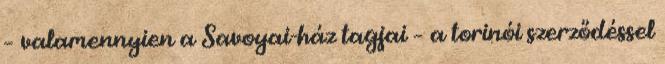
– valamennyien a Savoyai-ház tagjai – a torinói szerződéssel